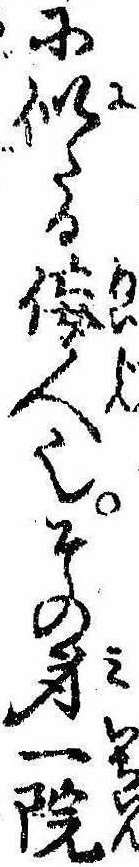
に似たる佞人也その身一院